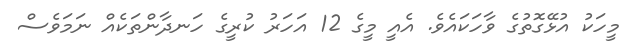
މީހަކު އުޅޭގޮތުގެ ވާހަކައެެވެ. އެއީ މީގެ 12 އަހަރު ކުރީގެ ހަނދާންތަކެއް ނަމަވެސް